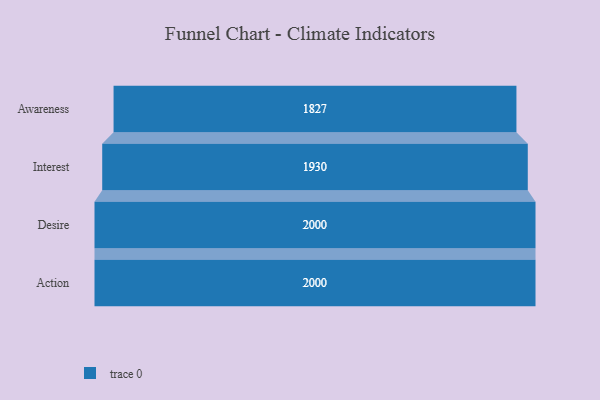
{"axis": {"x": "Stage", "y": "Value"}, "legend": [""], "data": [{"x": "Awareness", "y": 1827.0, "type": ""}, {"x": "Interest", "y": 1930.0, "type": ""}, {"x": "Desire", "y": 2000, "type": ""}, {"x": "Action", "y": 2000, "type": ""}]}